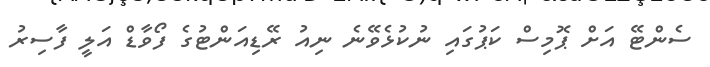
ސެންޓޭ އަށް ޕޮމިސް ކަޕުގައި ނުކުޅެވޭނެ ނިއު ރޭޑިއަންޓުގެ ފޯވާޑް އަލީ ފާސިރު